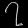
Digit: ၇